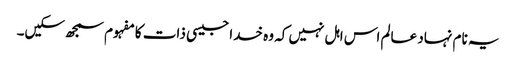
یہ نام نہاد عالم اس اہل نہیں کہ وہ خدا جیسی ذات کا مفہوم سمجھ سکیں۔